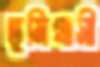
ভূমিগ্রাসী